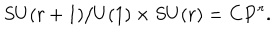
S U ( r + 1 ) / U ( 1 ) \times S U ( r ) = \mathbf { C P } ^ { r } .